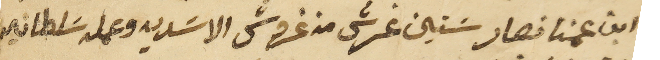
ابن عمنا نصار سَتين غرش من غروش الاسَديه وعمله سَلطانيه